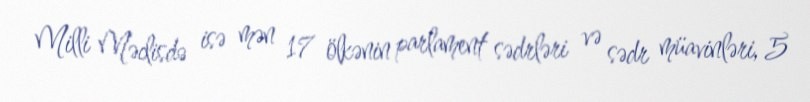
Milli Məclisdə isə mən 17 ölkənin parlament sədrləri və sədr müavinləri, 5